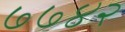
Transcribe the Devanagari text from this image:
७७४२